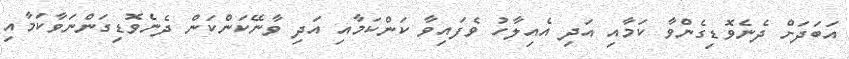
އަބަދަށް ދެނެވޮޑިގެންވާ ކަމާއި އަދި އެއިލާހު ވެފައިވާ ކަންކަމާއި އަދި ވާނޭކަންކަން ދެނެވޮޑިގަންނަވާކަމާއި